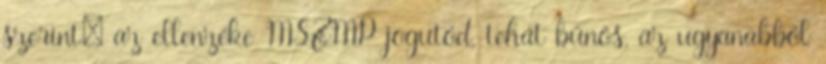
szerint: az ellenzéke MSZMP jogutód, tehát bűnös, az ugyanabból